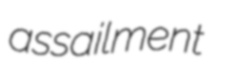
assailment